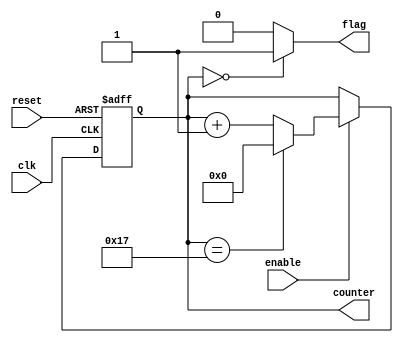


module Counter_With_Parameter_Free
#(
	// Parameter Declarations
	parameter MAXIMUM_VALUE = 5'b11000,
	parameter NBITS = 5,
	parameter INIT_VALUE = 5'b00001
)

(
	// Input Ports
	input clk,
	input reset,
	input enable,
	
	// Output Ports
	output flag,
	output[NBITS - 1:0] counter
);

reg MaxValue_Bit;

reg [NBITS-1 : 0] counter_reg;


//wire init_value_wire;
//
//assign init_value_wire = init_value;

/*********************************************************************************************/

	always@(posedge clk or negedge reset) begin
		if (reset == 1'b0)
			counter_reg <= INIT_VALUE;
		else begin
				if(enable == 1'b1) begin
					if(counter_reg == MAXIMUM_VALUE - 1)
						counter_reg <= 1'b0;
					else
						counter_reg <= counter_reg + 1'b1;
						
				end
		end
	end


always@(counter_reg)
	if(counter_reg == 0)
		MaxValue_Bit = 1;
	else
		MaxValue_Bit = 0;
		
assign flag = MaxValue_Bit;
assign counter = counter_reg;

endmodule